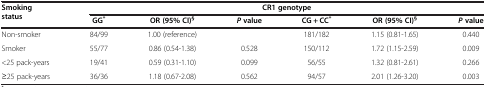
<table><thead><tr><td rowspan="2"><b>Smoking status</b></td><td colspan="6"><b>CR1 genotype</b></td></tr><tr><td><b>GG<sup>*</sup></b></td><td><b>OR (95% CI)<sup>§</sup></b></td><td><b><i>P </i>value</b></td><td><b>CG + CC<sup>*</sup></b></td><td><b>OR (95% CI)<sup>§</sup></b></td><td><b><i>P </i>value</b></td></tr></thead><tbody><tr><td>Non-smoker</td><td>84/99</td><td>1.00 (reference)</td><td> </td><td>181/182</td><td>1.15 (0.81-1.65)</td><td>0.440</td></tr><tr><td>Smoker</td><td>55/77</td><td>0.86 (0.54-1.38)</td><td>0.528</td><td>150/112</td><td>1.72 (1.15-2.59)</td><td>0.009</td></tr><tr><td>&lt;25 pack-years</td><td>19/41</td><td>0.59 (0.31-1.10)</td><td>0.099</td><td>56/55</td><td>1.32 (0.81-2.61)</td><td>0.266</td></tr><tr><td>≥25 pack-years</td><td>36/36</td><td>1.18 (0.67-2.08)</td><td>0.562</td><td>94/57</td><td>2.01 (1.26-3.20)</td><td>0.003</td></tr></tbody></table>